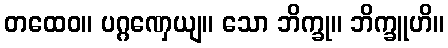
တထေဝ။ ပဂ္ဂဏှေယျ။ သော ဘိက္ခု။ ဘိက္ခူဟိ။